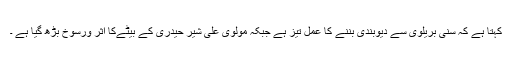
کہتا ہے کہ سنی بریلوی سے دیوبندی بننے کا عمل تیز ہے جبکہ مولوی علی شیر حیدری کے بیٹےکا اثر ورسوخ بڑھ گیا ہے ۔